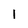
Character: 1